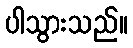
ပါသွားသည်။